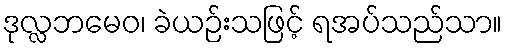
ဒုလ္လဘမေဝ၊ ခဲယဉ်းသဖြင့် ရအပ်သည်သာ။